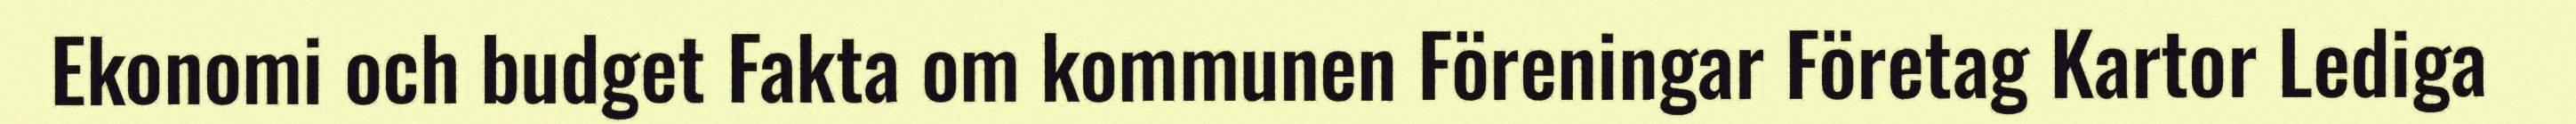
Ekonomi och budget Fakta om kommunen Föreningar Företag Kartor Lediga